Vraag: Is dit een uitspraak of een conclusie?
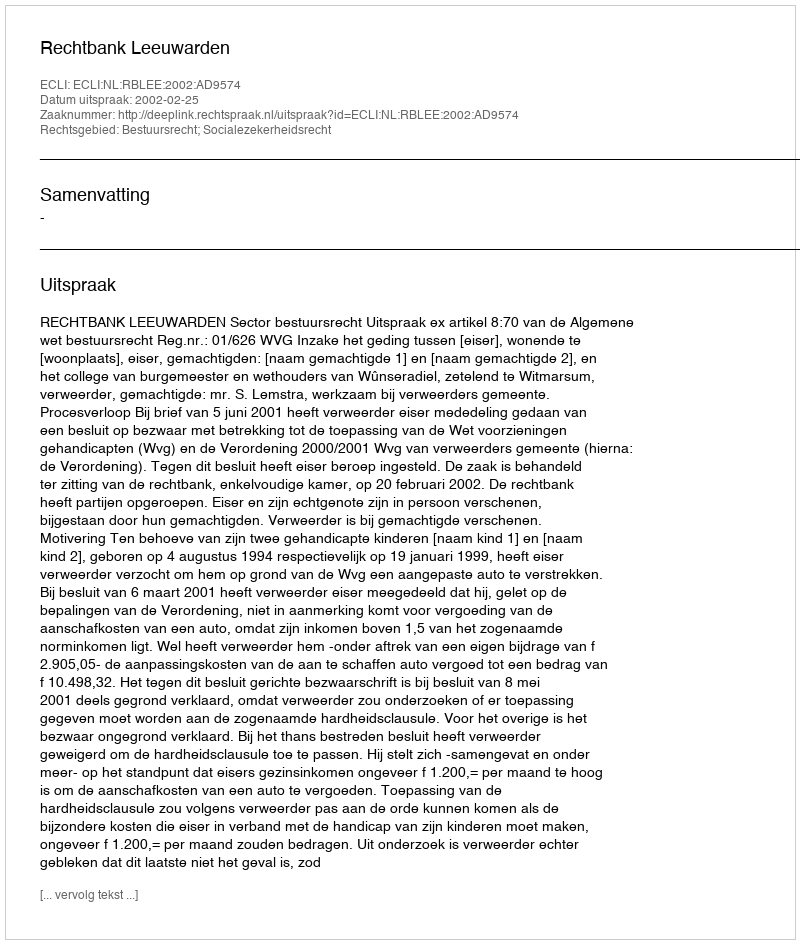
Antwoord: Uitspraak